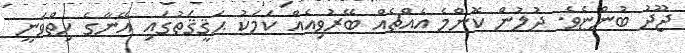
ޖޫދު ބުންޏެވެ. ދުލުން ކޮންމެ އެއްޗެއް ބޭރުވިއެއް ކަމަކު ޙަޤީޤަތުގައި އޭނާގެ ހިތްވަނީ